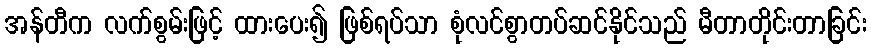
အန်တီက လက်စွမ်းဖြင့် ထားပေး၍ ဖြစ်ရပ်သာ စုံလင်စွာတပ်ဆင်နိုင်သည် မီတာတိုင်းတာခြင်း